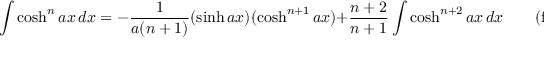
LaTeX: \int \cosh ^ { n } a x \, d x = - { \frac { 1 } { a ( n + 1 ) } } ( \sinh a x ) ( \cosh ^ { n + 1 } a x ) + { \frac { n + 2 } { n + 1 } } \int \cosh ^ { n + 2 } a x \, d x \qquad { \mathrm { ( f o r ~ } } n < 0 { \mathrm { , ~ } } n \neq - 1 { \mathrm { ) } }